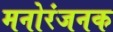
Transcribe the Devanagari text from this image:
मनोरंजनक